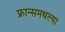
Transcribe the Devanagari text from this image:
फ्रान्समधल्या